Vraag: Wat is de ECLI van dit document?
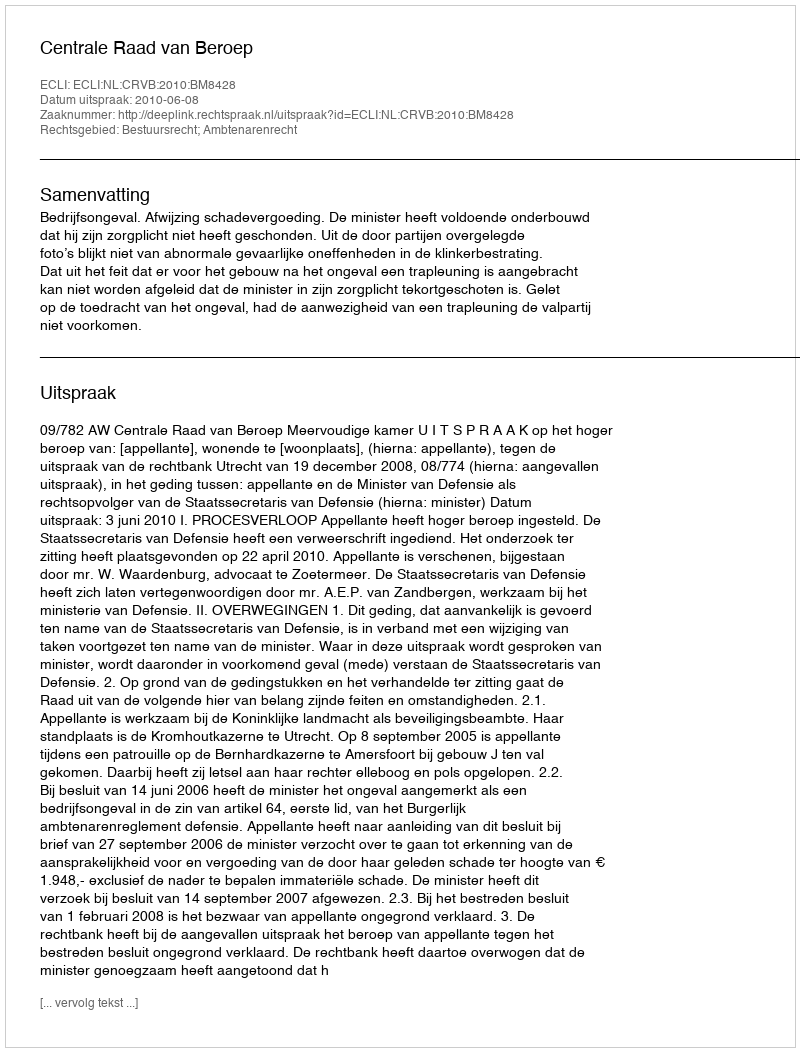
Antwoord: ECLI:NL:CRVB:2010:BM8428